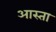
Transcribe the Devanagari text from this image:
आस्ता